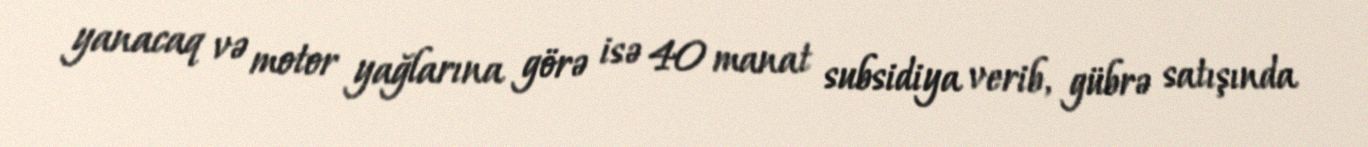
yanacaq və motor yağlarına görə isə 40 manat subsidiya verib, gübrə satışında